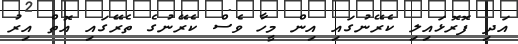
އަދި ފޮރޮޅައިލި ކެރޭނުގައި އިން މީހާ ވެސް ކެރޭނުގެ ތެރޭގައި އޮތް އިރު